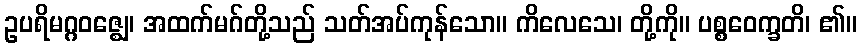
ဥပရိမဂ္ဂဝဇ္ဈေ၊ အထက်မဂ်တို့သည် သတ်အပ်ကုန်သော။ ကိလေသေ၊ တို့ကို။ ပစ္စဝေက္ခတိ၊ ၏။